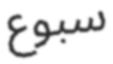
سبوع